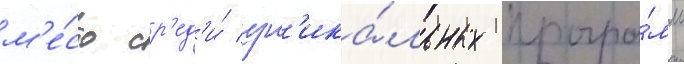
м'е́сто ср'ед'и́ ун'ика́льных програ́мм